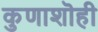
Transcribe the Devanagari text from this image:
कुणाशॊही